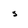
Character: s